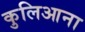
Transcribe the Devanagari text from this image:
कुलिआना